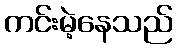
ကင်းမဲ့နေသည်